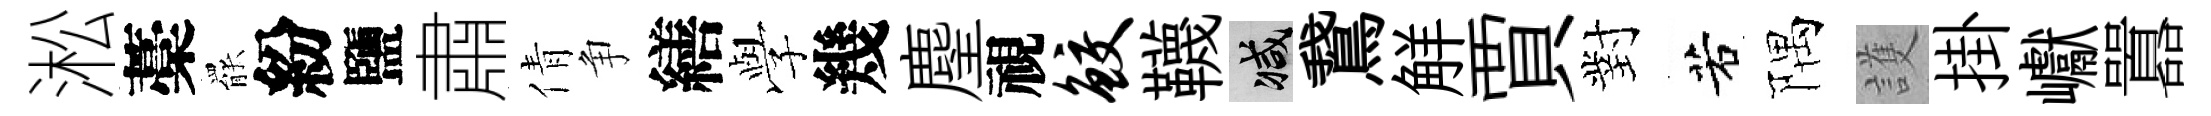
淞藁罷紛鹽肅倩争繕𫝯幾麈視鲛韈减鵞觧賈對若隅護掛巘囂